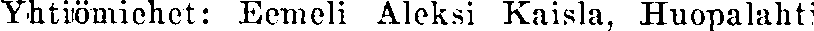
Yhtiömiehet: Eemeli Aleksi Kaisla, Huopalahti